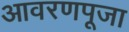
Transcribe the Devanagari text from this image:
आवरणपूजा